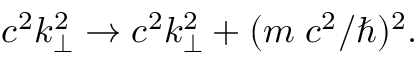
c ^ { 2 } k _ { \perp } ^ { 2 } \to c ^ { 2 } k _ { \perp } ^ { 2 } + ( m \; c ^ { 2 } / \hbar ) ^ { 2 } .